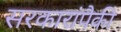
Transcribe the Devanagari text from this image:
सरकारांपैकी